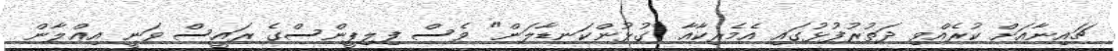
ޗައިނާއަށް ކުރެއްވި ދަތުރުފުޅުގައި އެމެރިކާއާ "ގުޅުންކަނޑާލަން" ވެސް ފިލިޕީންސްގެ ރައީސް ވަނީ އިޢްލާން